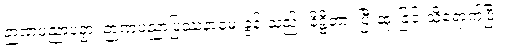
ဉာဏပညာပဉှာ၊ ဉာဏပညာပြဿနာမေးခွန်းသည်။ နိဋ္ဌိတာ၊ ပြီးဆုံးခြင်းသို့ရောက်ပြီ။